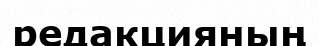
редакцияның